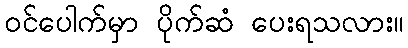
ဝင်ပေါက်မှာ ပိုက်ဆံ ပေးရသလား။